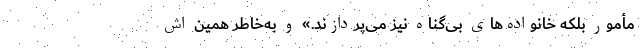
مأمور بلکه خانواده‌های بی‌گناه نیز می‌پردازند.» و به‌خاطر همین اش